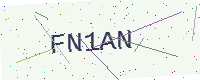
Text: FN1AN